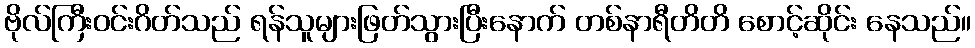
ဗိုလ်ကြီးဝင်းဂိတ်သည် ရန်သူများဖြတ်သွားပြီးနောက် တစ်နာရီတိတိ စောင့်ဆိုင်း နေသည်။